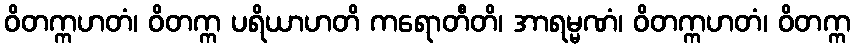
ဝိတက္ကဟတံ၊ ဝိတက္က ပရိယာဟတိ ကရောတီတိ၊ အာရမ္မဏံ၊ ဝိတက္ကဟတံ၊ ဝိတက္က